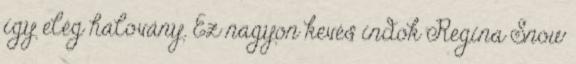
így elég halovány. Ez nagyon kevés indok Regina Snow